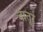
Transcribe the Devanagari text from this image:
बातुर